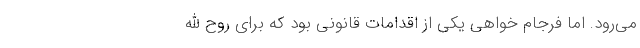
می‌رود. اما فرجام خواهی یکی از اقدامات قانونی بود که برای روح الله